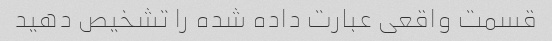
قسمت واقعی عبارت داده شده را تشخیص دهید